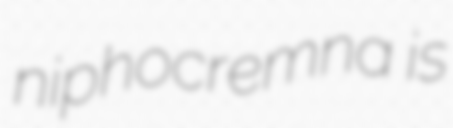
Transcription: niphocremna is